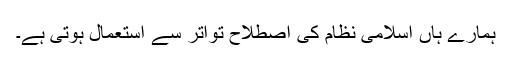
ہمارے ہاں اسلامی نظام کی اصطلاح تواتر سے استعمال ہوتی ہے۔